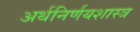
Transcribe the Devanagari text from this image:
अर्थनिर्णयशास्त्र